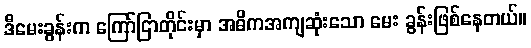
ဒီမေးခွန်းက ကြော်ငြာတိုင်းမှာ အဓိကအကျဆုံးသော မေး ခွန်းဖြစ်နေတယ်။